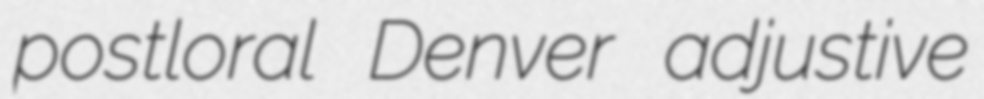
postloral Denver adjustive